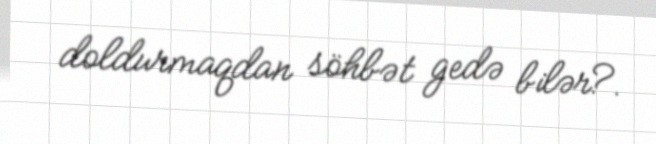
doldurmaqdan söhbət gedə bilər?.